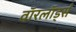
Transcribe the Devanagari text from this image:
वाॅरलाॅर्ड्स